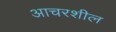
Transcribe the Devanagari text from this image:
आचरशील